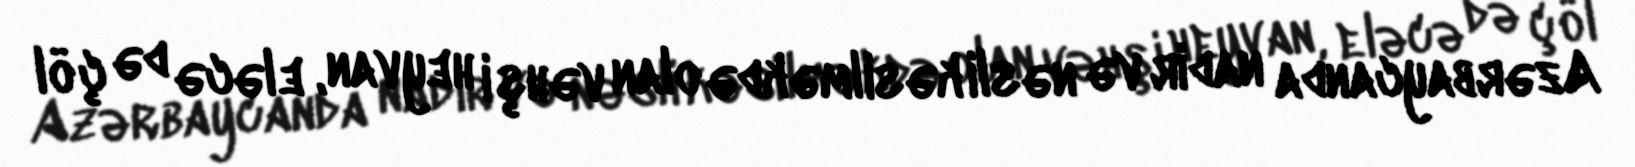
Azərbaycanda nadir və nəsli kəsilməkdə olan vəhşi heyvan, eləcə də çöl